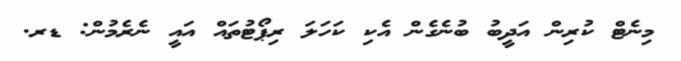
މިނެޓް ކުރިން އަދީބު ބުނެގެން އެކި ކަހަލަ ރިޕޯޓުތައް އައީ ނެރެމުން: ޑރ.